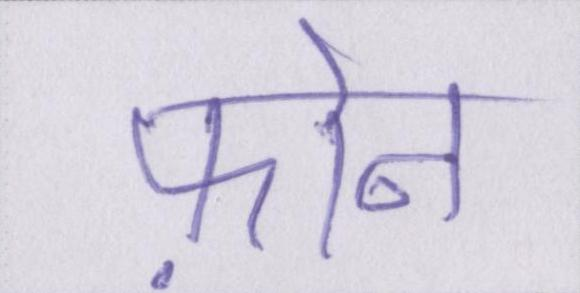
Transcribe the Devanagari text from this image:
फ़ोन